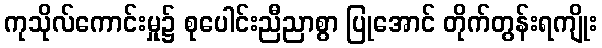
ကုသိုလ်ကောင်းမှု၌ စုပေါင်းညီညာစွာ ပြုအောင် တိုက်တွန်းရကျိုး